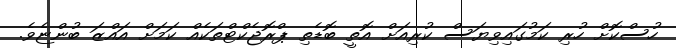
ހުސްކޮށް ހުރި ކަމުގައިވިޔަސް ކުރިއަށް އޮތީ ބޮޑެތި ޕްރޮޖެކްޓްތަކެއް ކަމަށް އައްޒަ ބުންޏެވެ.